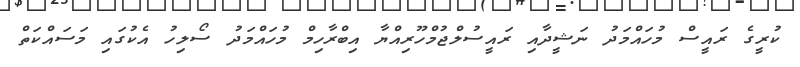
ކުރީގެ ރައީސް މުހައްމަދު ނަޝީދާއި ރައީސުލްޖުމްހޫރިއްޔާ އިބްރާހިމް މުހައްމަދު ސޯލިހު އެކުގައި މަސައްކަތް